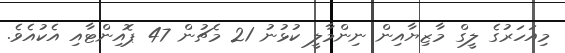
މިއަހަރުގެ ލީގް މާޒިޔާއިން ނިންމާލީ ކުޅުނު 21 މެޗުން 47 ޕޮއިންޓާއި އެކުއެވެ.